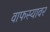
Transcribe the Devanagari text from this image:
वाफस्यावर